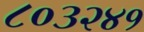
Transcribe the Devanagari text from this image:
८०३२४१